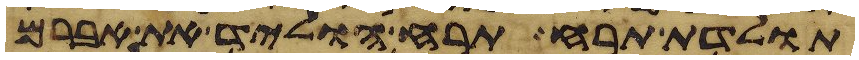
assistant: תולדת תרח תרח הוליד את אברם